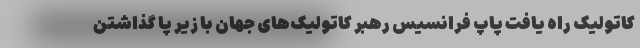
کاتولیک راه یافت پاپ فرانسیس رهبر کاتولیک‌های جهان با زیر پا گذاشتن